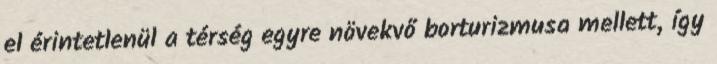
el érintetlenül a térség egyre növekvő borturizmusa mellett, így